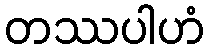
တဿပါဟံ